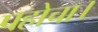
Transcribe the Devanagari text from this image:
पहोचा।